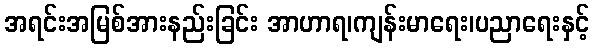
အရင်းအမြစ်အားနည်းခြင်း အာဟာရ၊ကျန်းမာရေး၊ပညာရေးနှင့်